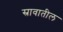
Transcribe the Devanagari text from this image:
स्रावातील